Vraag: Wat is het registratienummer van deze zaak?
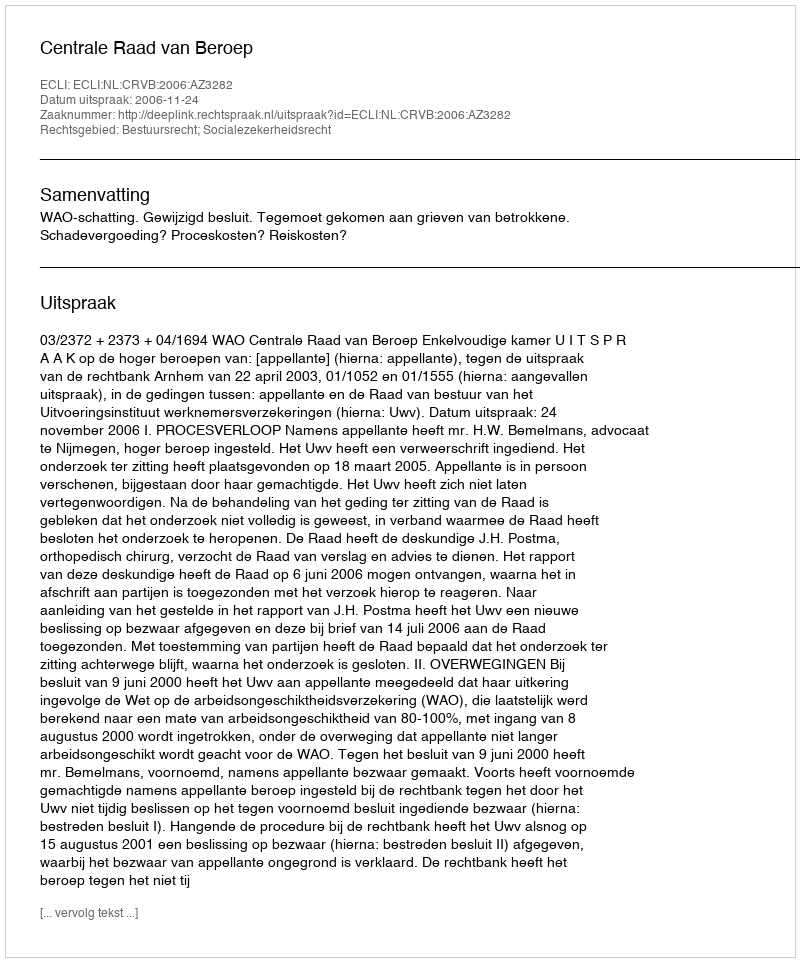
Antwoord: http://deeplink.rechtspraak.nl/uitspraak?id=ECLI:NL:CRVB:2006:AZ3282